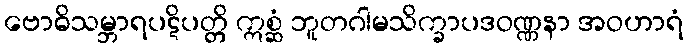
ဗောဓိသမ္ဘာရပဋိပတ္တိ ဣစ္ဆံ ဘူတဂါမသိက္ခာပဒဝဏ္ဏနာ အဝဟာရံ